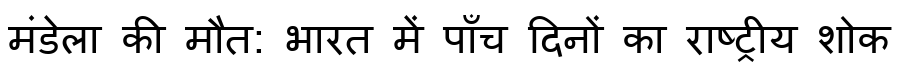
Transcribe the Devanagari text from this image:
मंडेला की मौत: भारत में पाँच दिनों का राष्ट्रीय शोक